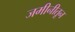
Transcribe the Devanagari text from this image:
जमीनीतून